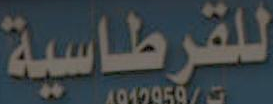
للقرطاسية